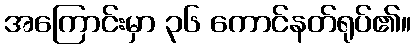
အကြောင်းမှာ ၃၆ ကောင်နတ်ရုပ်၏။